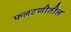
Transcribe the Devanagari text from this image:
फलटणीतील